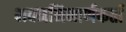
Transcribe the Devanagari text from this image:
भवननिमार्णकर्ता